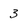
Character: 3